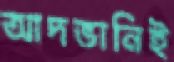
আদভানিই